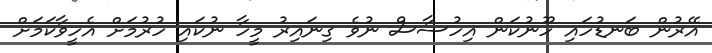
އޭރުން ބަނޑުހައި ހޫނުކަން އިހުސާސް ނުވެ ގިނައިރު މީހާ ނުކައި ހުރުމަށް އެހީވާކަމަށް